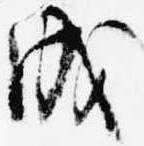
成